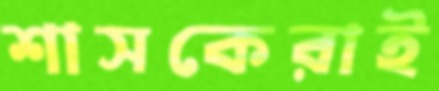
শাসকেরাই